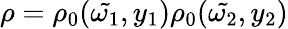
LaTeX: \rho=\rho_{0}(\tilde{\omega_{1}},y_{1})\rho_{0}(\tilde{\omega_{2}},y_{2})